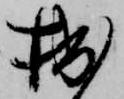
拙